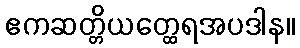
ဧကဆတ္တိယတ္ထေရအပဒါန။